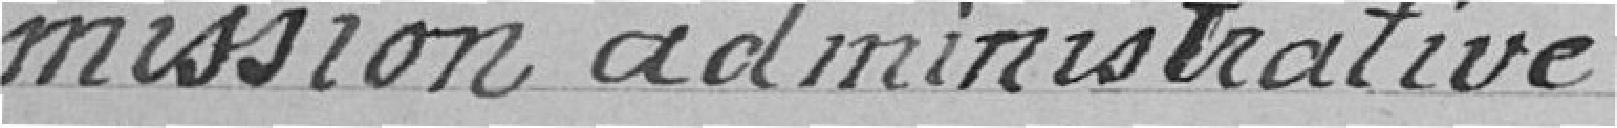
mission administrative